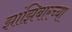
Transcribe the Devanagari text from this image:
झांझिबारच्या